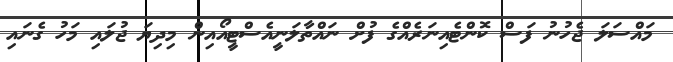
މައްސަލަ ޖެހުނު ފަސް ކޮންޓެއިނަރެއްގެ ފުށް ނައްތާލަނީއެސްޓީއޯއިން މިދިޔަ ޖުލައި މަހު ގެނައި